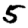
Digit: 5